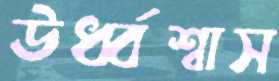
ঊর্ধ্বশ্বাস